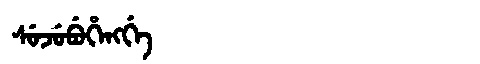
Manchu: ᠰᡠᠵᡠᠪᡠᡥᡝᠩᡤᡝ
Romanization: SUJUBUHENGGE